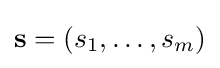
\mathbf {s} =\left(s_{1},\ldots ,s_{m}\right)